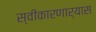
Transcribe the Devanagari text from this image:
स्वीकारणार्‍यास